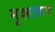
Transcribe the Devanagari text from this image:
मुक्ताकण